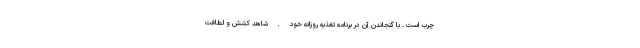
چرب است . با گنجاندن آن در برنامه تغذیه روزانه خود , شاهد کشش و لطافت